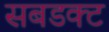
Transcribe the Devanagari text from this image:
सबडक्ट